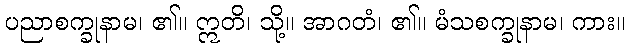
ပညာစက္ခုနာမ၊ ၏။ ဣတိ၊ သို့။ အာဂတံ၊ ၏။ မံသစက္ခုနာမ၊ ကား။